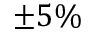
\pm 5 \%